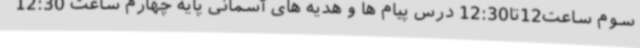
سوم ساعت12تا12:30 درس پیام ها و هدیه های آسمانی پایه چهارم ساعت 12:30